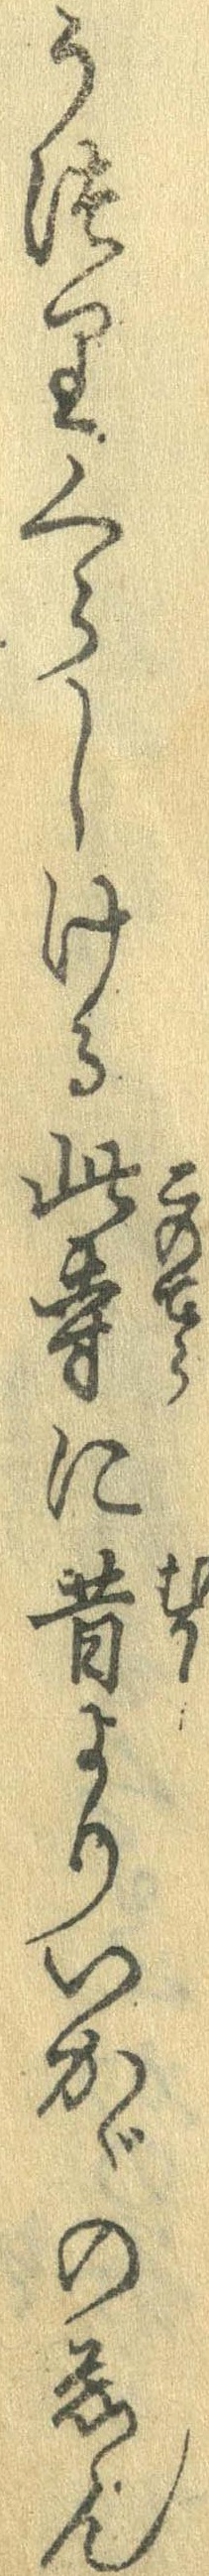
うつりくらしける此寺に昔よりいかがのゑん